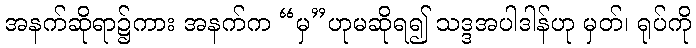
အနက်ဆိုရာ၌ကား အနက်က “မှ”ဟုမဆိုရ၍ သဒ္ဒအပါဒါန်ဟု မှတ်၊ ရုပ်ကို